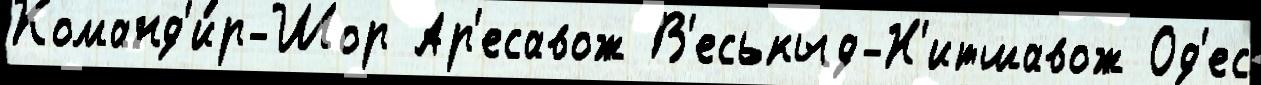
Команд'и́р-Шор Ар'есавож В'еськыд-Н'итшавож Од'ес